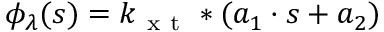
\begin{array} { r } { \phi _ { \lambda } ( s ) = k _ { \mathrm { ~ x ~ t ~ } } * ( a _ { 1 } \cdot s + a _ { 2 } ) } \end{array}